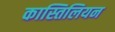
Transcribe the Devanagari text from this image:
कास्तिलियन